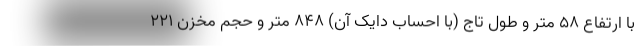
با ارتفاع ۵۸ متر و طول تاج (با احساب دایک آن) ۸۴۸ متر و حجم مخزن ۲۲۱